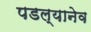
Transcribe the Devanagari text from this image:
पडल्यानेव